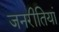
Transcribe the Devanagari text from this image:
जनरीतियां